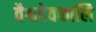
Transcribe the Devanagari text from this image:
वैश्वदेवकालि